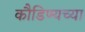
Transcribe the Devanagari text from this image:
कौडिण्यच्या